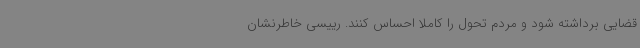
قضایی برداشته شود و مردم تحول را کاملا احساس کنند. رییسی خاطرنشان